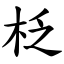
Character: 柉